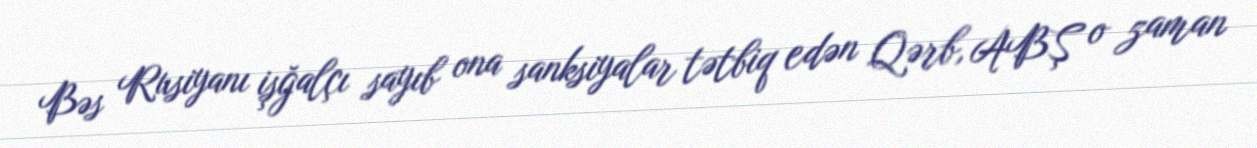
Bəs Rusiyanı işğalçı sayıb ona sanksiyalar tətbiq edən Qərb, ABŞ o zaman